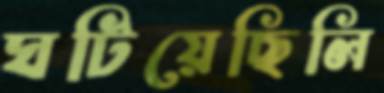
ঘটিয়েছিলি